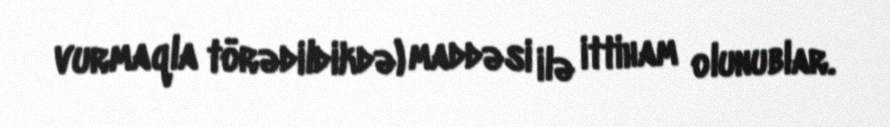
vurmaqla törədildikdə) maddəsi ilə ittiham olunublar.